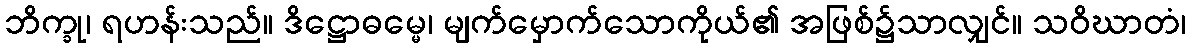
ဘိက္ခု၊ ရဟန်းသည်။ ဒိဋ္ဌောဓမ္မေ၊ မျက်မှောက်သောကိုယ်၏ အဖြစ်၌သာလျှင်။ သဝိဃာတံ၊